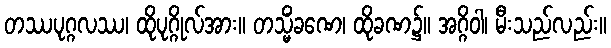
တဿပုဂ္ဂလဿ၊ ထိုပုဂ္ဂိုလ်အား။ တသ္မိံခဏေ၊ ထိုခဏ၌။ အဂ္ဂိဝါ၊ မီးသည်လည်း။